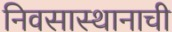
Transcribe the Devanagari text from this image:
निवसास्थानाची